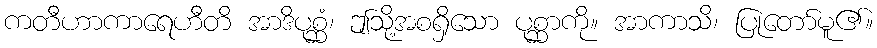
ကတီဟာကာရေဟီတိ အာဒိပုစ္ဆံ၊ ဤသို့အစရှိသော ပုစ္ဆာကို။ အာကာသိ၊ ပြုတော်မူ၏။